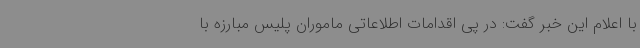
با اعلام این خبر گفت: در پی اقدامات اطلاعاتی ماموران پلیس مبارزه با